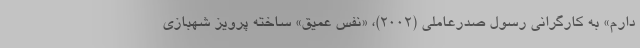
دارم» به کارگرانی رسول صدرعاملی (۲۰۰۲)، «نفس عمیق» ساخته پرویز شهبازی